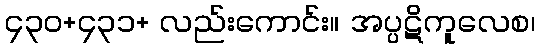
၄၃၀+၄၃၁+ လည်းကောင်း။ အပ္ပဋိကူလေစ၊